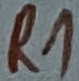
Text: R1